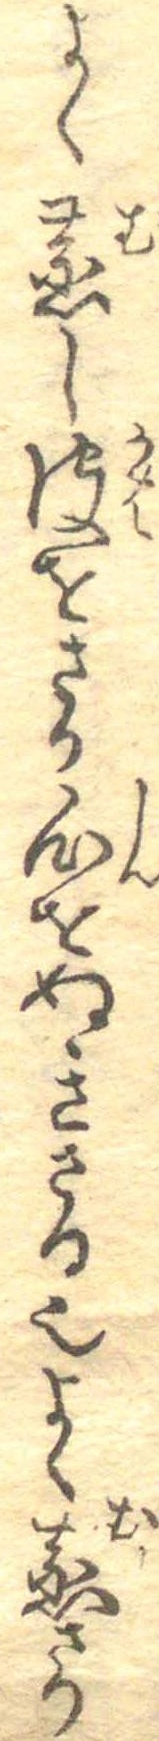
よく蒸し皮をさり心をぬきさる也よく蒸さり